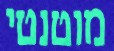
מוטנטי